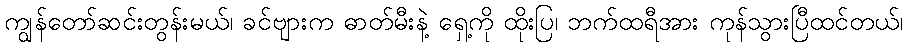
ကျွန်တော်ဆင်းတွန်းမယ်၊ ခင်ဗျားက ဓာတ်မီးနဲ့ ရှေ့ကို ထိုးပြ၊ ဘက်ထရီအား ကုန်သွားပြီထင်တယ်၊